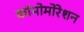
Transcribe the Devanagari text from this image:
कॉमोमोरेशन